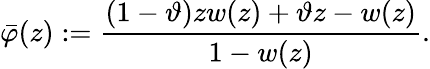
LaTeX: \bar{\varphi}(z):=\frac{(1-\vartheta)zw(z)+\vartheta z-w(z)}{1-w(z)}.